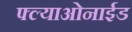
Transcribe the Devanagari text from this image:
फ्ल्याओनाईड